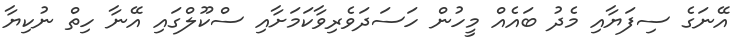
އޭނަގެ ސިފަޔާއި މެދު ބައެއް މީހުން ހަސަދަވެރިވާކަމަށާއި ސްކޫލްގައި އޭނާ ހިތް ނުކިޔާ